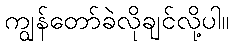
ကျွန်တော်ခဲလိုချင်လို့ပါ။